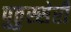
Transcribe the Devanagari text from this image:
पुठुस्सेरी